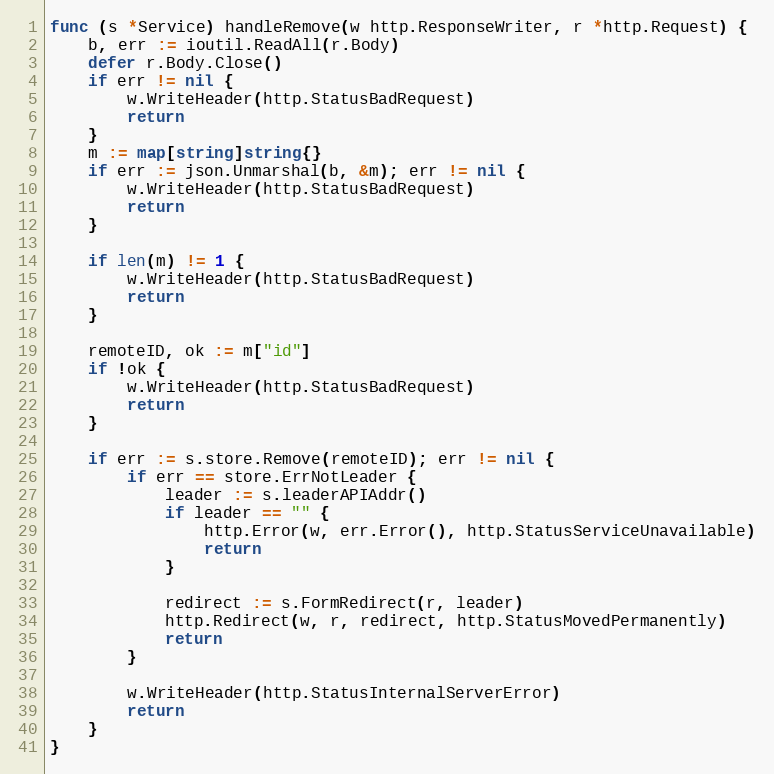
Language: Go
func (s *Service) handleRemove(w http.ResponseWriter, r *http.Request) {
	b, err := ioutil.ReadAll(r.Body)
	defer r.Body.Close()
	if err != nil {
		w.WriteHeader(http.StatusBadRequest)
		return
	}
	m := map[string]string{}
	if err := json.Unmarshal(b, &m); err != nil {
		w.WriteHeader(http.StatusBadRequest)
		return
	}

	if len(m) != 1 {
		w.WriteHeader(http.StatusBadRequest)
		return
	}

	remoteID, ok := m["id"]
	if !ok {
		w.WriteHeader(http.StatusBadRequest)
		return
	}

	if err := s.store.Remove(remoteID); err != nil {
		if err == store.ErrNotLeader {
			leader := s.leaderAPIAddr()
			if leader == "" {
				http.Error(w, err.Error(), http.StatusServiceUnavailable)
				return
			}

			redirect := s.FormRedirect(r, leader)
			http.Redirect(w, r, redirect, http.StatusMovedPermanently)
			return
		}

		w.WriteHeader(http.StatusInternalServerError)
		return
	}
}